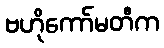
ဗဟိုကော်မတီက